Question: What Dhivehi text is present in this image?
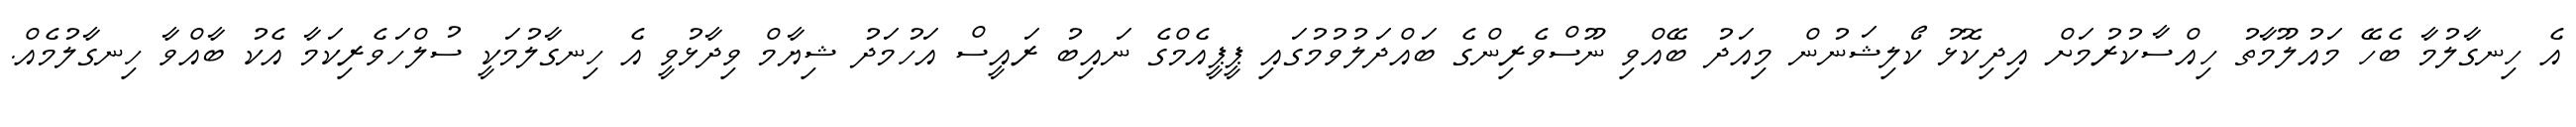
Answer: އެ ހިނގާލުމާ ބެހޭ މައުލޫމާތު ހިއްސާކުރުމަށް އިދިކޮޅު ކޯލިޝަނުން މިއަދު ބޭއްވި ނޫސްވެރިންގެ ބައްދަލުވުމުގައި ޕީޕީއެމްގެ ނައިބު ރައީސް އަހުމަދު ޝިޔާމް ވިދާޅުވީ އެ ހިނގާލުމަކީ ސުލްހަވެރިކަމާ އެކު ބާއްވާ ހިނގާލުމެއް.